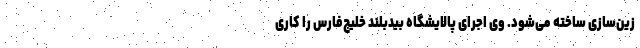
زین‌سازی ساخته می‌شود. وی اجرای پالایشگاه بیدبلند خلیج‌فارس را کاری